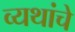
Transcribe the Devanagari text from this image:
व्यथांचे